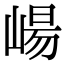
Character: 崵